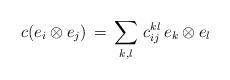
LaTeX: \begin{align*} c(e_i\otimes e_j)\,=\,\sum\limits_{k,l} \,c_{ij}^{kl}\,e_k \otimes e_l \end{align*}